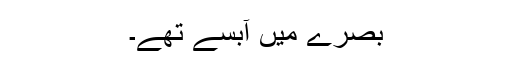
بصرے میں آبسے تھے۔